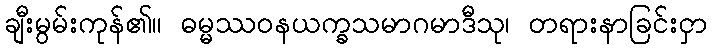
ချီးမွမ်းကုန်၏။ ဓမ္မဿဝနယက္ခသမာဂမာဒီသု၊ တရားနာခြင်းငှာ